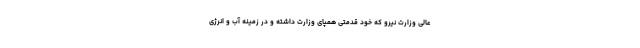
عالی وزارت نیرو که خود قدمتی همپای وزارت داشته و در زمینه آب و انرژی